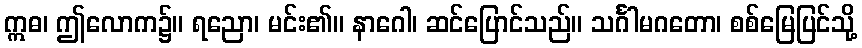
ဣဓ၊ ဤလောက၌။ ရညော၊ မင်း၏။ နာဂေါ၊ ဆင်ပြောင်သည်။ သင်္ဂါမဂတော၊ စစ်မြေပြင်သို့